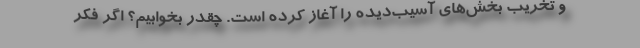
و تخریب بخش‌های آسیب‌دیده را آغاز کرده است. چقدر بخوابیم؟ اگر فکر